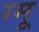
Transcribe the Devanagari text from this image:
ग्‍मू